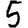
Digit: 5